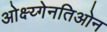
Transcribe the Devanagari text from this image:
ओक्ष्य्गेनतिओन